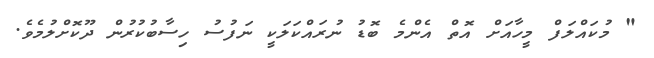
" މުކައްލަފް މީހާއަށް އޮތް އެންމެ ބޮޑު ނުރައްކަލަކީ ނަފުސު ހިސާބުކުރުން ދޫކޮށްލުމެވެ.